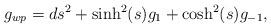
LaTeX: \begin{align*}g_{wp}=ds^2+\sinh^2(s)g_1+\cosh^2(s)g_{-1},\end{align*}